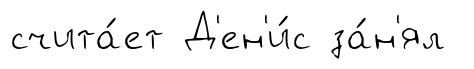
счита́ет Д'ен'и́с за́н'ял